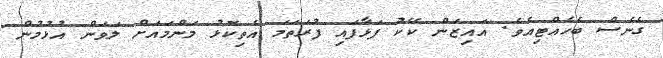
ގެނެސް ބެހެއްޓިއެވެ. އައިޒަން ކޭކު ފަޅާފައި ފުރަތަމަ އެތިކޮޅު މަންމައަށް ލަވަން އުޅުމުން